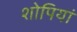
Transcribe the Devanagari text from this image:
शोपियां